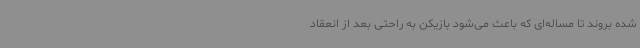
شده بروند تا مساله‌ای که باعث می‌شود بازیکن به راحتی بعد از انعقاد